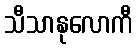
သီသာနုလောကီ